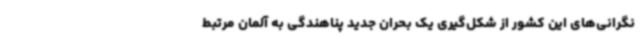
نگرانی‌های این کشور از شکل‌گیری یک بحران جدید پناهندگی به آلمان مرتبط